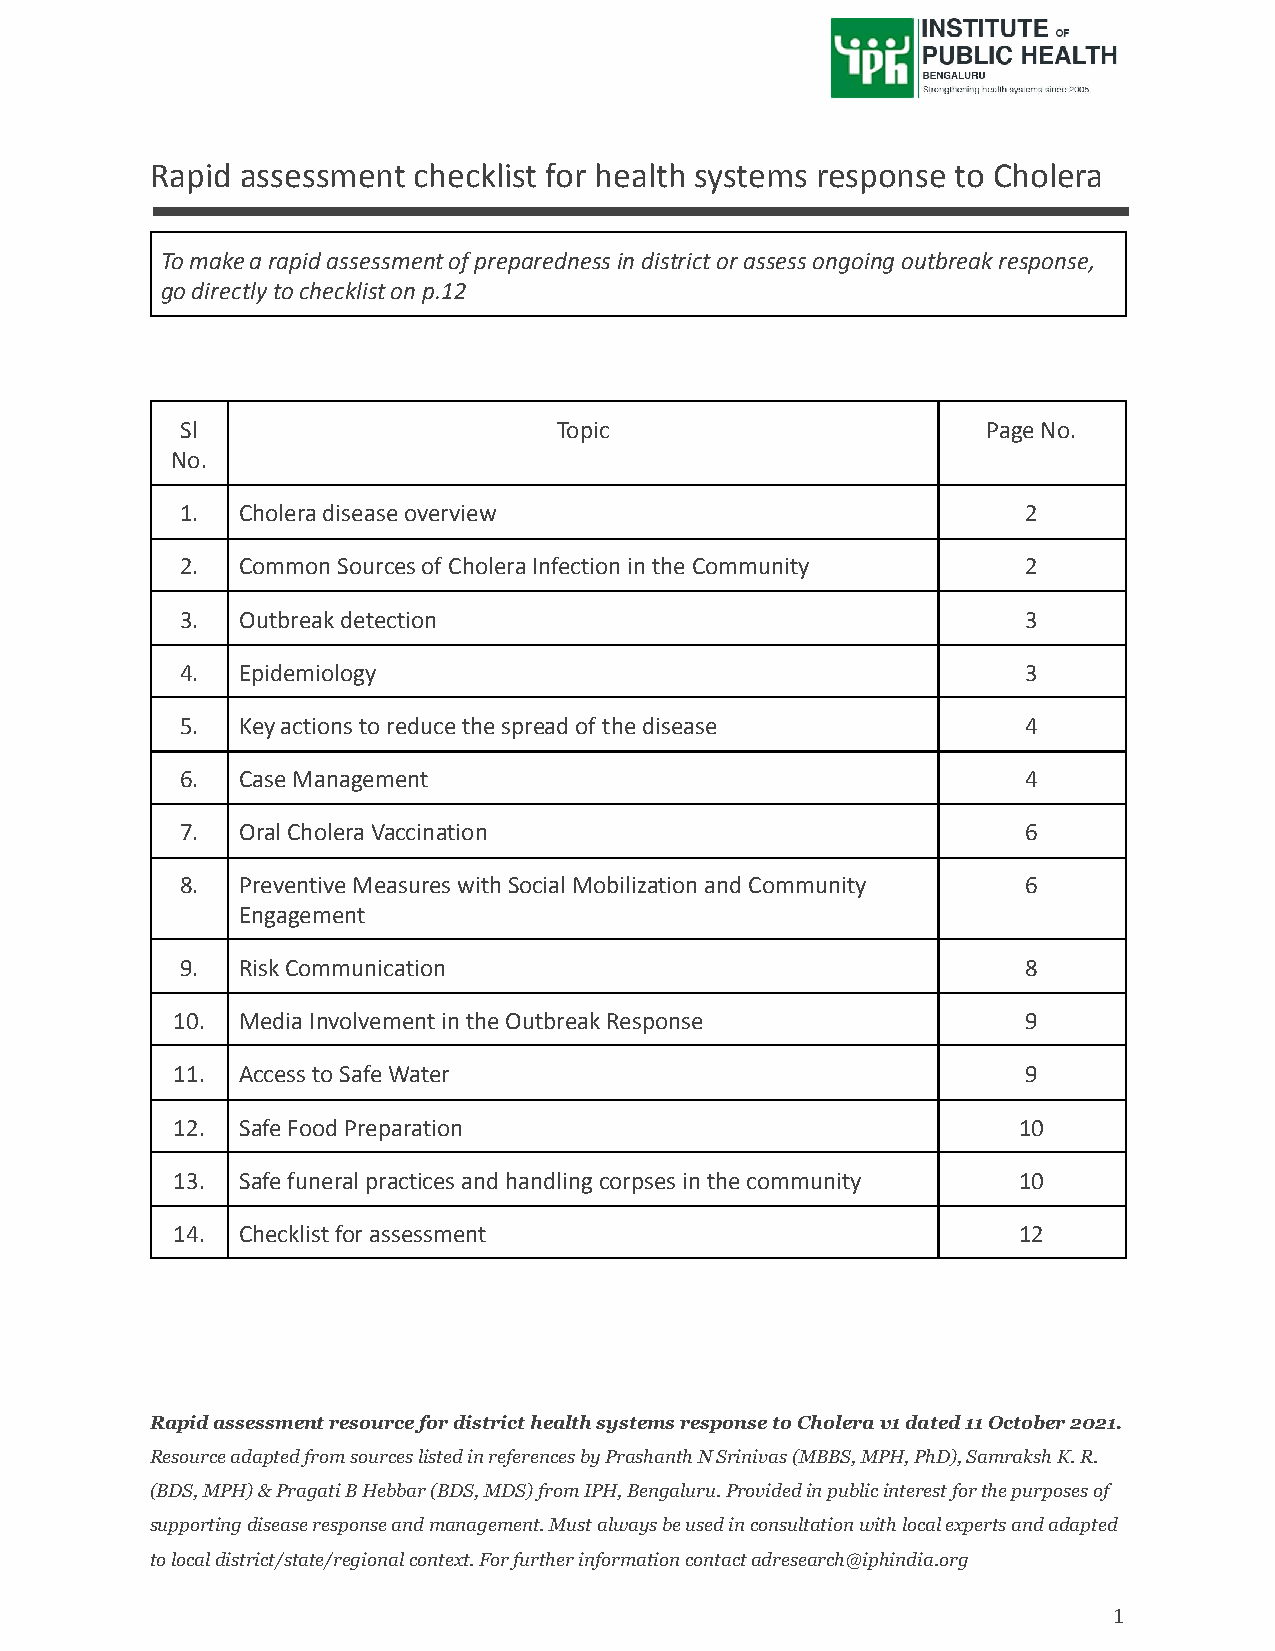
Rapid assessment checklist for health systems response to Cholera
 To make a rapid assessment of preparedness in district or assess ongoing outbreak response,
 go directly to checklist on p.12
 Sl                       Topic                       Page No.
 No.
 1.  Cholera disease overview                            2
 2.  Common Sources of Cholera Infection in the Community 2
 3.  Outbreak detection                                  3
 4.  Epidemiology                                        3
 5.  Key actions to reduce the spread of the disease     4
 6.  Case Management                                     4
 7.  Oral Cholera Vaccination                            6
 8.  Preventive Measures with Social Mobilization and Community 6
 Engagement
 9.  Risk Communication                                  8
 10.  Media Involvement in the Outbreak Response          9
 11.  Access to Safe Water                                9
 12.  Safe Food Preparation                              10
 13.  Safe funeral practices and handling corpses in the community 10
 14.  Checklist for assessment                           12
 Rapid assessment resource for district health systems response to Cholera v1 dated 11 October 2021.
 Resource adapted from sources listed in references by Prashanth N Srinivas (MBBS, MPH, PhD), Samraksh K. R.
 (BDS, MPH) & Pragati B Hebbar (BDS, MDS) from IPH, Bengaluru. Provided in public interest for the purposes of
 supporting disease response and management. Must always be used in consultation with local experts and adapted
 to local district/state/regional context. For further information contact adresearch@iphindia.org
 1